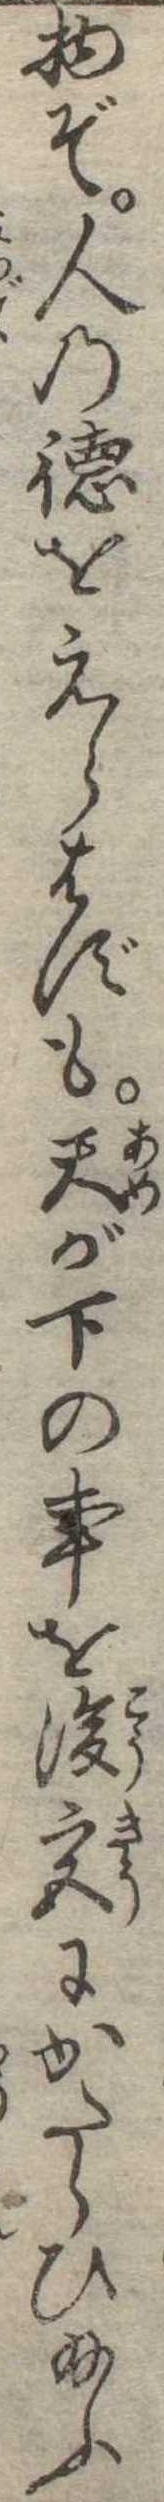
物ぞ人の徳をえらばずも天が下の事を後宮にかたらひ給ふ